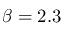
\beta = 2 . 3